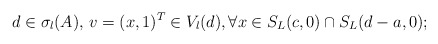
\begin{align*}d\in \sigma_l(A),\,v=(x,1)^T\in V_l(d), \forall x\in S_L(c,0)\cap S_L(d-a,0);\end{align*}